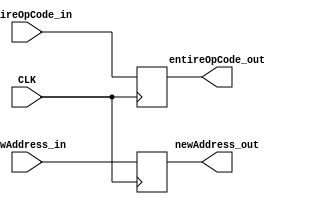
`timescale 1ns / 1ps
//////////////////////////////////////////////////////////////////////////////////
// Company: 
// Engineer: 
// 
// Design Name: 
// Module Name:    Reg_IFtoID 
// Project Name: 
// Target Devices: 
// Tool versions: 
// Description: 
//
// Dependencies: 
//
// Revision: 
// Revision 0.01 - File Created
// Additional Comments: 
//
//////////////////////////////////////////////////////////////////////////////////
module Reg_IFtoID(
    input CLK,
    input [32:1] entireOpCode_in,newAddress_in,
    output reg [32:1] entireOpCode_out,newAddress_out
    );

    always @(posedge CLK)begin 
        entireOpCode_out <= entireOpCode_in;
        newAddress_out <= newAddress_in;
    end


endmodule